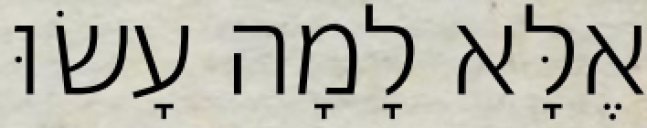
אֶלָּא לָמָה עָשׂוּ